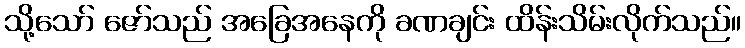
သို့သော် ဇော်သည် အခြေအနေကို ခဏချင်း ထိန်းသိမ်းလိုက်သည်။